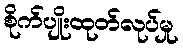
စိုက်ပျိုးထုတ်လုပ်မှု